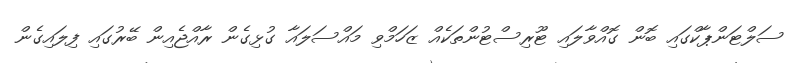
ސަލްޓަންޕާކްގައި ބޮން ގޮއްވާލައި ޓޫރިސްޓުންތަކެއް ޒަހަމްވި މައްސަލައާ ގުޅިގެން ރާއްޖެއިން ބޭރުގައި ފިލައިގެން